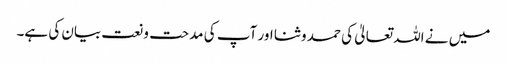
میں نے اللہ تعالیٰ کی حمد و ثنا اور آپ کی مدحت و نعت بیان کی ہے۔